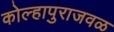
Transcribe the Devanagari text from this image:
कोल्हापुराजवळ